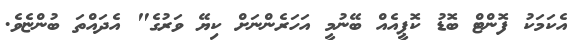
އެކަމަކު ފޮންޓް ބޮޑު ކޮޕީއެއް ބޭނުމީ އަހަރެންނަށް ކިޔޭ ވަރުގެ" އެދައްތަ ބުންޏެވެ.